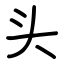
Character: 头